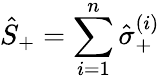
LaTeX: \hat{S}_{+}=\sum_{i=1}^{n}\hat{\sigma}_{+}^{(i)}